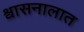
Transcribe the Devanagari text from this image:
श्वासनालात